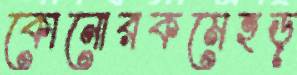
কোনোরকমেহড়্‌